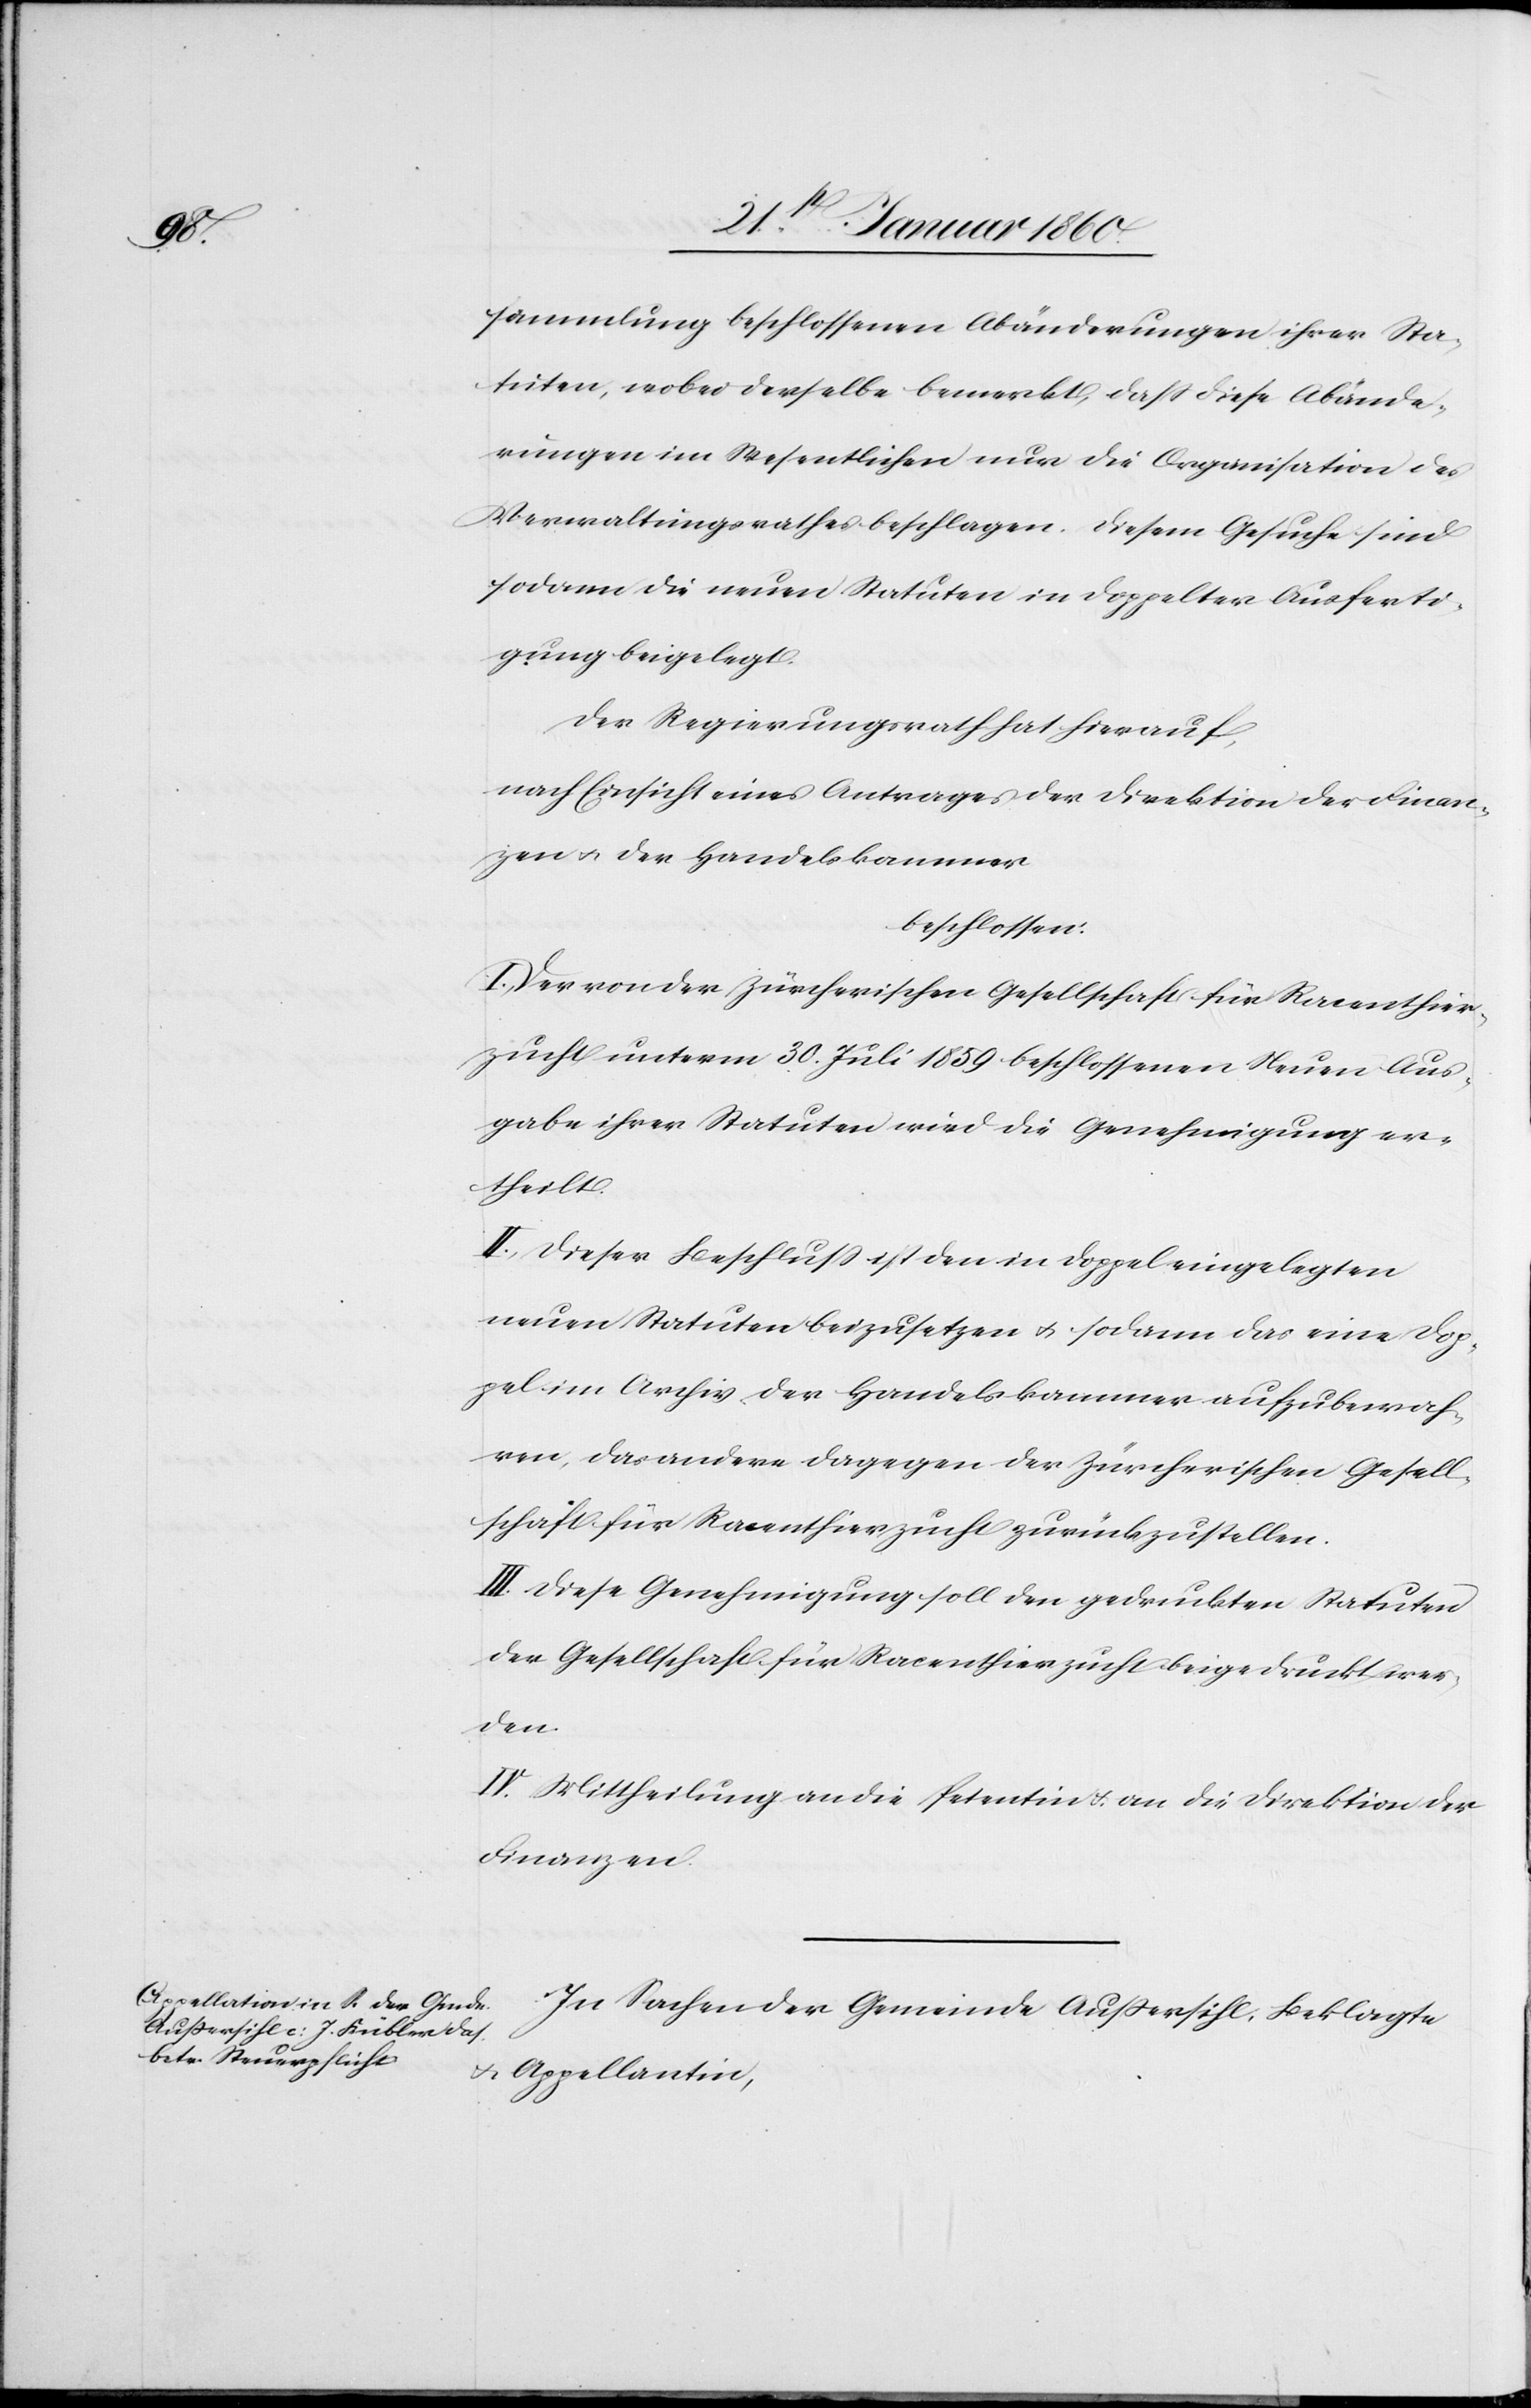
sammlung beschlossenen Abänderungen ihrer Sta¬
tuten, wobei derselbe bemerkt, dass diese Abände¬
rungen im Wesentlichen nur die Organisation des
Verwaltungsrathes beschlagen. Diesem Gesuche sind
sodann die neuen Statuten in doppelter Ausferti¬
gung beigelegt.
der Regierungsrath hat hierauf,
nach Einsicht eines Antrages der Direktion der Finan¬
zen u. der Handelskammer
beschlossen:
I.) Der von der Zürcherischen Gesellschaft für Racenthier¬
zucht unterm 30. Juli 1859 beschlossenen Neuen Aus¬
gabe ihrer Statuten wird die Genehmigung er¬
theilt.
II. Dieser Beschluß ist den in doppel eingelegten
neuen Statuten beizusetzen u. sodann das eine Dop¬
pel im Archiv der Handelskammer aufzuwah¬
ren, das andere dagegen der Zürcherischen Gesell¬
schaft für Racenthierzucht zurückzustellen.
III. Diese Genehmigung soll den gedruckten Statuten
der Gesellschaft für Racenthierhaltung beigedruckt wer¬
den.
IV. Mittheilung an die Petentin u. an die Direktion der
Finanzen.
In Sachen der Gemeinde Aussersihl, Beklagte
u. Appellantin,